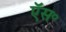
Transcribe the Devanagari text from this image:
ऍस॰